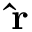
{ \bf { \hat { r } } }